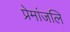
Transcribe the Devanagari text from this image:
प्रेमांजलि